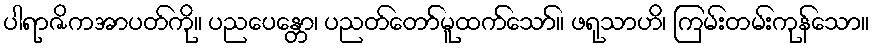
ပါရာဇိကအာပတ်ကို။ ပညပေန္တော၊ ပညတ်တော်မူထက်သော်။ ဖရုသာဟိ၊ ကြမ်းတမ်းကုန်သော။